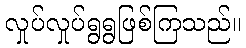
လှုပ်လှုပ်ရွရွဖြစ်ကြသည်။